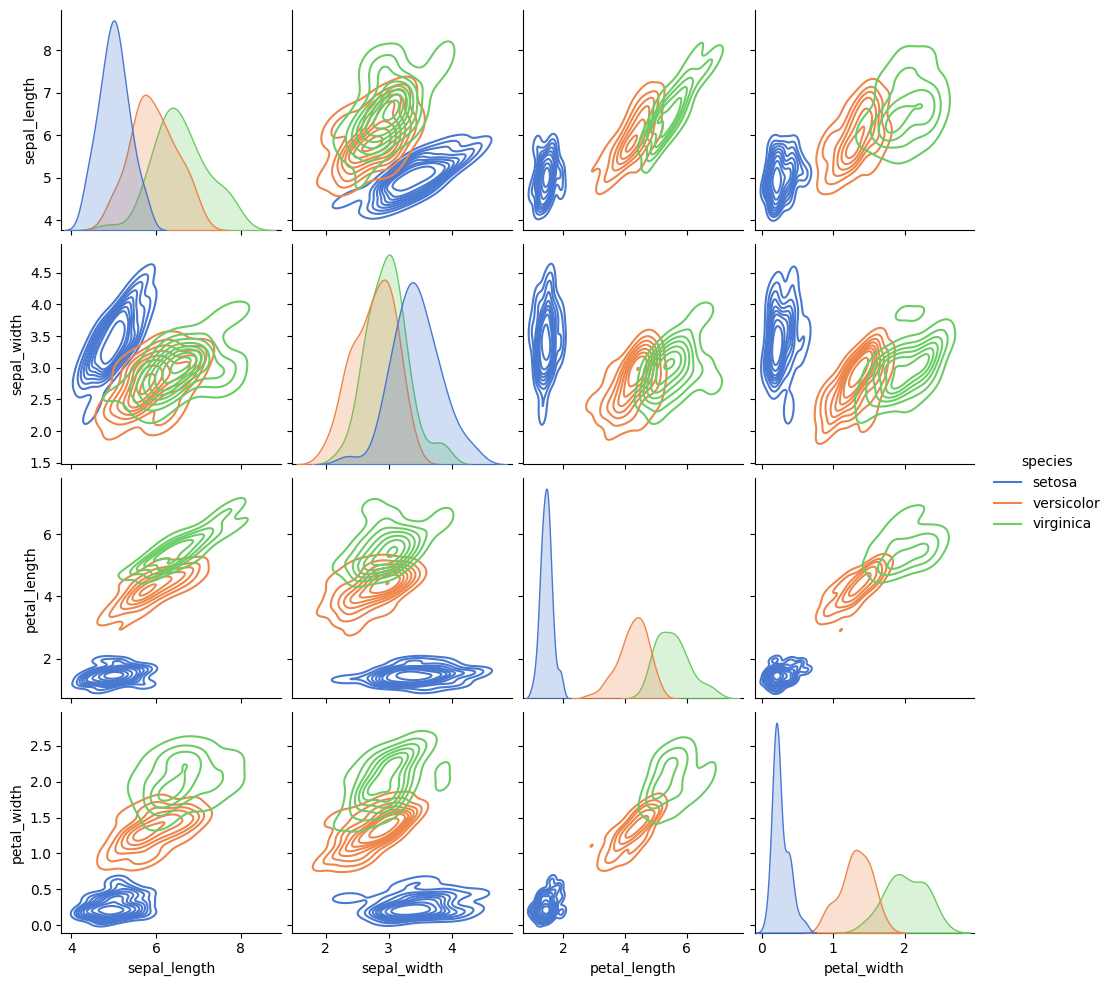
python, seaborn, pairplot, palette='muted', markers=['o', 's', 'D'], kind='kde', diag_kind='kde'